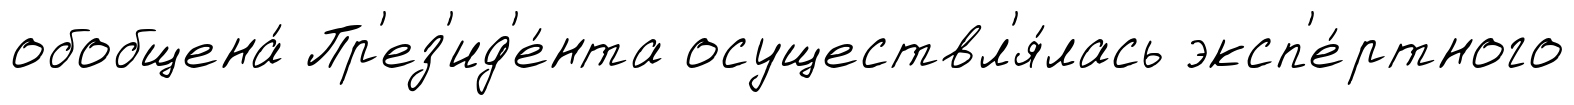
обобщена́ Пр'ез'ид'е́нта осуществл'я́лась эксп'е́ртного